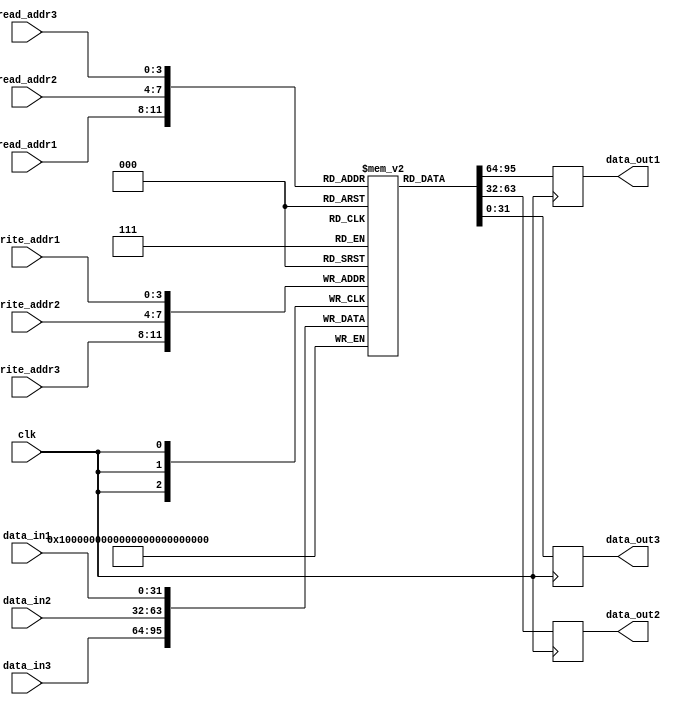
module register_file (
  input wire clk,
  input wire [3:0] read_addr1,
  input wire [3:0] read_addr2,
  input wire [3:0] read_addr3,
  input wire [3:0] write_addr1,
  input wire [3:0] write_addr2,
  input wire [3:0] write_addr3,
  input wire [31:0] data_in1,
  input wire [31:0] data_in2,
  input wire [31:0] data_in3,
  output reg [31:0] data_out1,
  output reg [31:0] data_out2,
  output reg [31:0] data_out3
);

reg [31:0] mem [15:0];

always @ (posedge clk) begin
  data_out1 <= mem[read_addr1];
  data_out2 <= mem[read_addr2];
  data_out3 <= mem[read_addr3];
  
  mem[write_addr1] <= data_in1;
  mem[write_addr2] <= data_in2;
  mem[write_addr3] <= data_in3;
end

endmodule